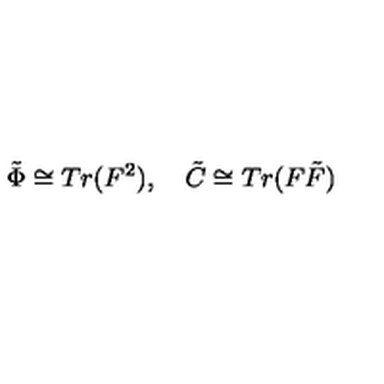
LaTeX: \tilde { \Phi } \cong T r ( F ^ { 2 } ) , \quad \tilde { C } \cong T r ( F \tilde { F } )